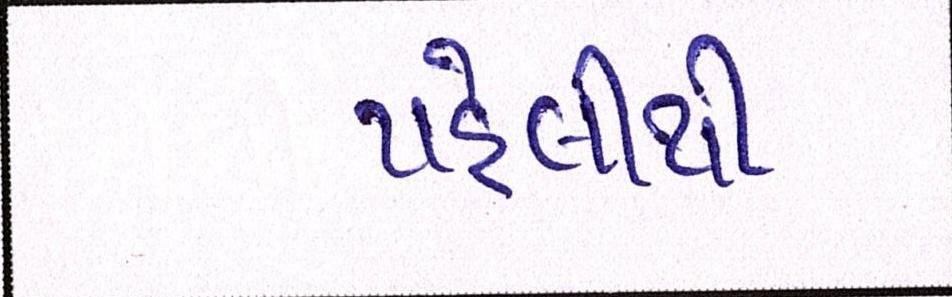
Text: પહેલીથી